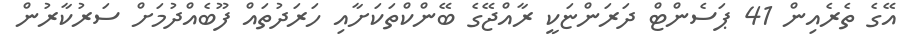
އޭގެ ތެރެއިން 41 ޕަސެންޓް ދަރަންޏަކީ ރާއްޖޭގެ ބޭންކްތަކަށާއި ހަރަދުތައް ފޫބެއްދުމަށް ސަރުކާރުން